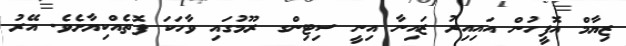
ޒިޔާމް އޮފީހުން އައިއިރު ޒައިނާ އިނީ ސިޓިންގ ރޫމުގައި ވާހަކަ ފޮތެއްކިޔާށެވެ. އޭރު